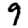
Digit: 9